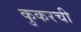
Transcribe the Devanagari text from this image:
कुकरची